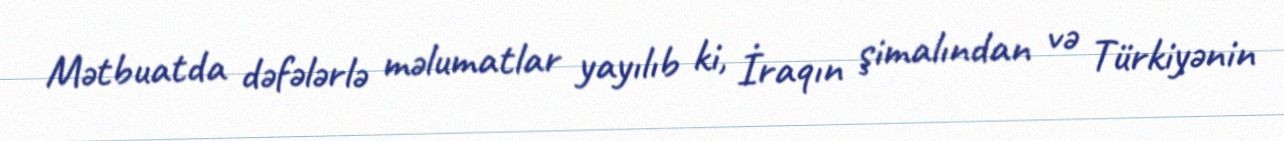
Mətbuatda dəfələrlə məlumatlar yayılıb ki, İraqın şimalından və Türkiyənin